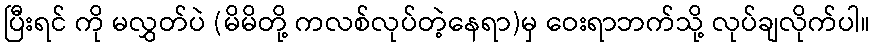
ပြီးရင် ကို မလွှတ်ပဲ (မိမိတို့ ကလစ်လုပ်တဲ့နေရာ)မှ ဝေးရာဘက်သို့ လုပ်ချလိုက်ပါ။